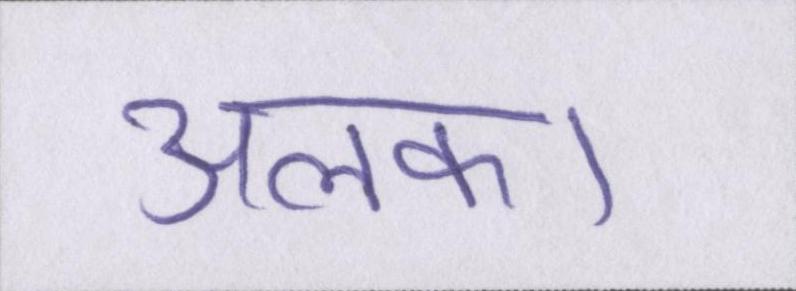
अलका